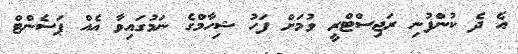
އެ ދެ ކުންފުނި ރަޖިސްޓްރީ ވުމަށް ފަހު ޝިހާމްގެ ނަމުގައިވާ އެއް ޕަސެންޓް